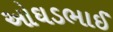
ઓઘડભાઈ